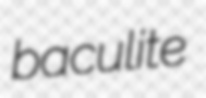
baculite